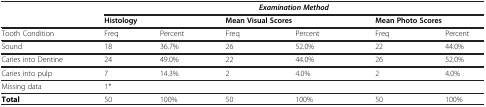
|  | <COLSPAN=6> Examination Method |
 |  | <COLSPAN=2> Histology | <COLSPAN=2> Mean Visual Scores | <COLSPAN=2> Mean Photo Scores |
 | --- | --- | --- | --- | --- | --- | --- |
 | Tooth Condition | Freq | Percent | Freq | Percent | Freq | Percent |
 | Sound | 18 | 36.7% | 26 | 52.0% | 22 | 44.0% |
 | Caries into Dentine | 24 | 49.0% | 22 | 44.0% | 26 | 52.0% |
 | Caries into pulp | 7 | 14.3% | 2 | 4.0% | 2 | 4.0% |
 | Missing data | 1* |  |  |  |  |  |
 | Total | 50 | 100% | 50 | 100% | 50 | 100% |